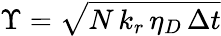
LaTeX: \Upsilon=\sqrt{N\, k_{r}\, \eta_{D}\, \Delta t}